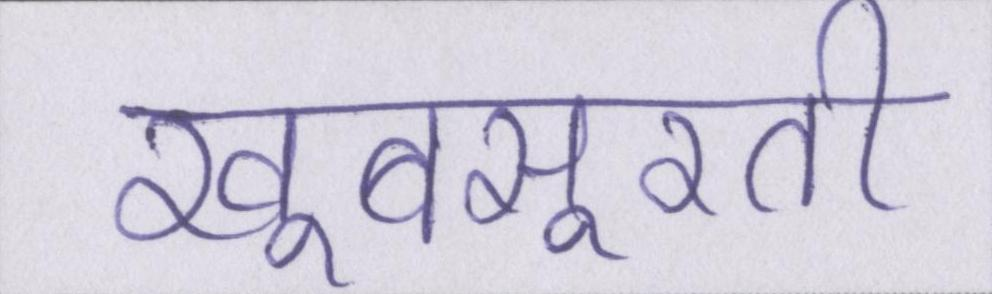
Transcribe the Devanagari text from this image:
खूबसूरती